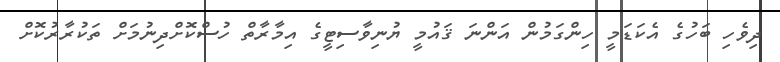
ދިވެހި ބަހުގެ އެކަޑަމީ ހިންގަމުން އަންނަ ޤައުމީ ޔުނިވާސިޓީގެ އިމާރާތް ހުސްކޮށްދިނުމަށް ތަކުރާރުކޮށް